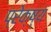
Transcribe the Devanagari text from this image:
प्रेक्ष्य